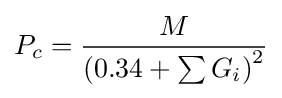
P_{c}={\frac {M}{\left(0.34+\sum G_{i}\right)^{2}}}